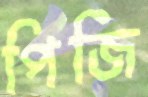
পিজি